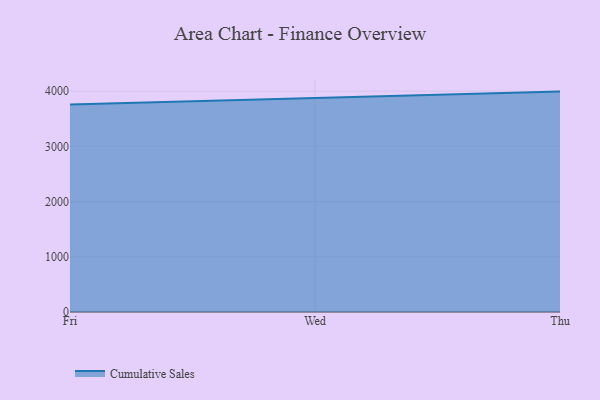
{"axis": {"x": "Day", "y": "Customer Acquisition Cost (USD)"}, "legend": ["Cumulative Sales"], "data": [{"x": "Fri", "y": 3759.5, "type": "Cumulative Sales"}, {"x": "Wed", "y": 3876.2, "type": "Cumulative Sales"}, {"x": "Thu", "y": 3991.9, "type": "Cumulative Sales"}]}